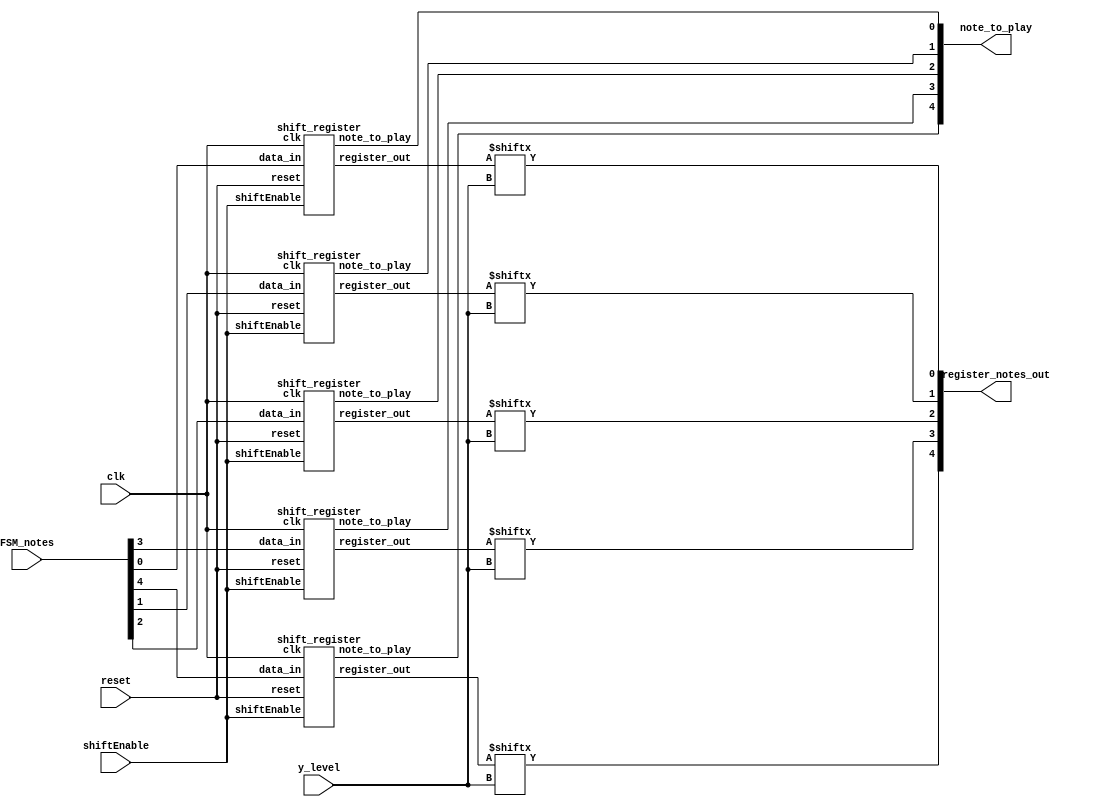

/*
 * -------------------------------------------------------------------------------------------------------------------------------
 * notes_register: contains the values for all the notes on the screen and drops them down.
 * -------------------------------------------------------------------------------------------------------------------------------
 */
module notes_register (
		
	input clk,
	input reset,
	
	input shiftEnable, // Controls if the FSM is telling it to drop down
	input [2:0]  y_level, // Specifies the location in memory to reach when reading
	input [4:0] FSM_notes, // Input for the notes being loaded from the "top"
	
	output [4:0] note_to_play,
	output [4:0] register_notes_out // The value of the data being read

);
	
	wire [7:0] g1_out, r2_out, y3_out, b4_out, o5_out;
	
	// Naming convention of shift registers: <colour><row>
	//				Arguments:	clk		reset		data_in				shiftEnable		note_to_play		register_out
	shift_register green1(	clk,		reset,	FSM_notes[0],		shiftEnable,			note_to_play[0],	g1_out);
	
	shift_register red2(		clk,		reset,	FSM_notes[1],		shiftEnable,			note_to_play[1],	r2_out);
	
	shift_register yellow3(	clk,		reset,	FSM_notes[2],		shiftEnable,			note_to_play[2],	y3_out);
	
	shift_register blue4(	clk,		reset,	FSM_notes[3],		shiftEnable,			note_to_play[3],	b4_out);
	
	shift_register orange5(	clk,		reset,	FSM_notes[4],		shiftEnable,			note_to_play[4],	o5_out);
	
	
	// Concatenate all shift register outputs at one level together
	// Does this work outside of an always block?
	assign register_notes_out[4:0] = {o5_out[y_level], b4_out[y_level], y3_out[y_level], r2_out[y_level], g1_out[y_level]};
	
endmodule


module shift_register(
	input clk,
	input reset,
	input data_in,
	input shiftEnable,
	
	output note_to_play,
	output [7:0] register_out
	);

	reg [7:0] bit_shift_reg;

	always @(posedge clk)
	begin
		if(reset) bit_shift_reg <= 0;
		else
		begin
			if(shiftEnable) bit_shift_reg <= {bit_shift_reg[6:0], data_in};
		end
	end
	
	assign note_to_play = bit_shift_reg[7];
	assign register_out = bit_shift_reg;

endmodule